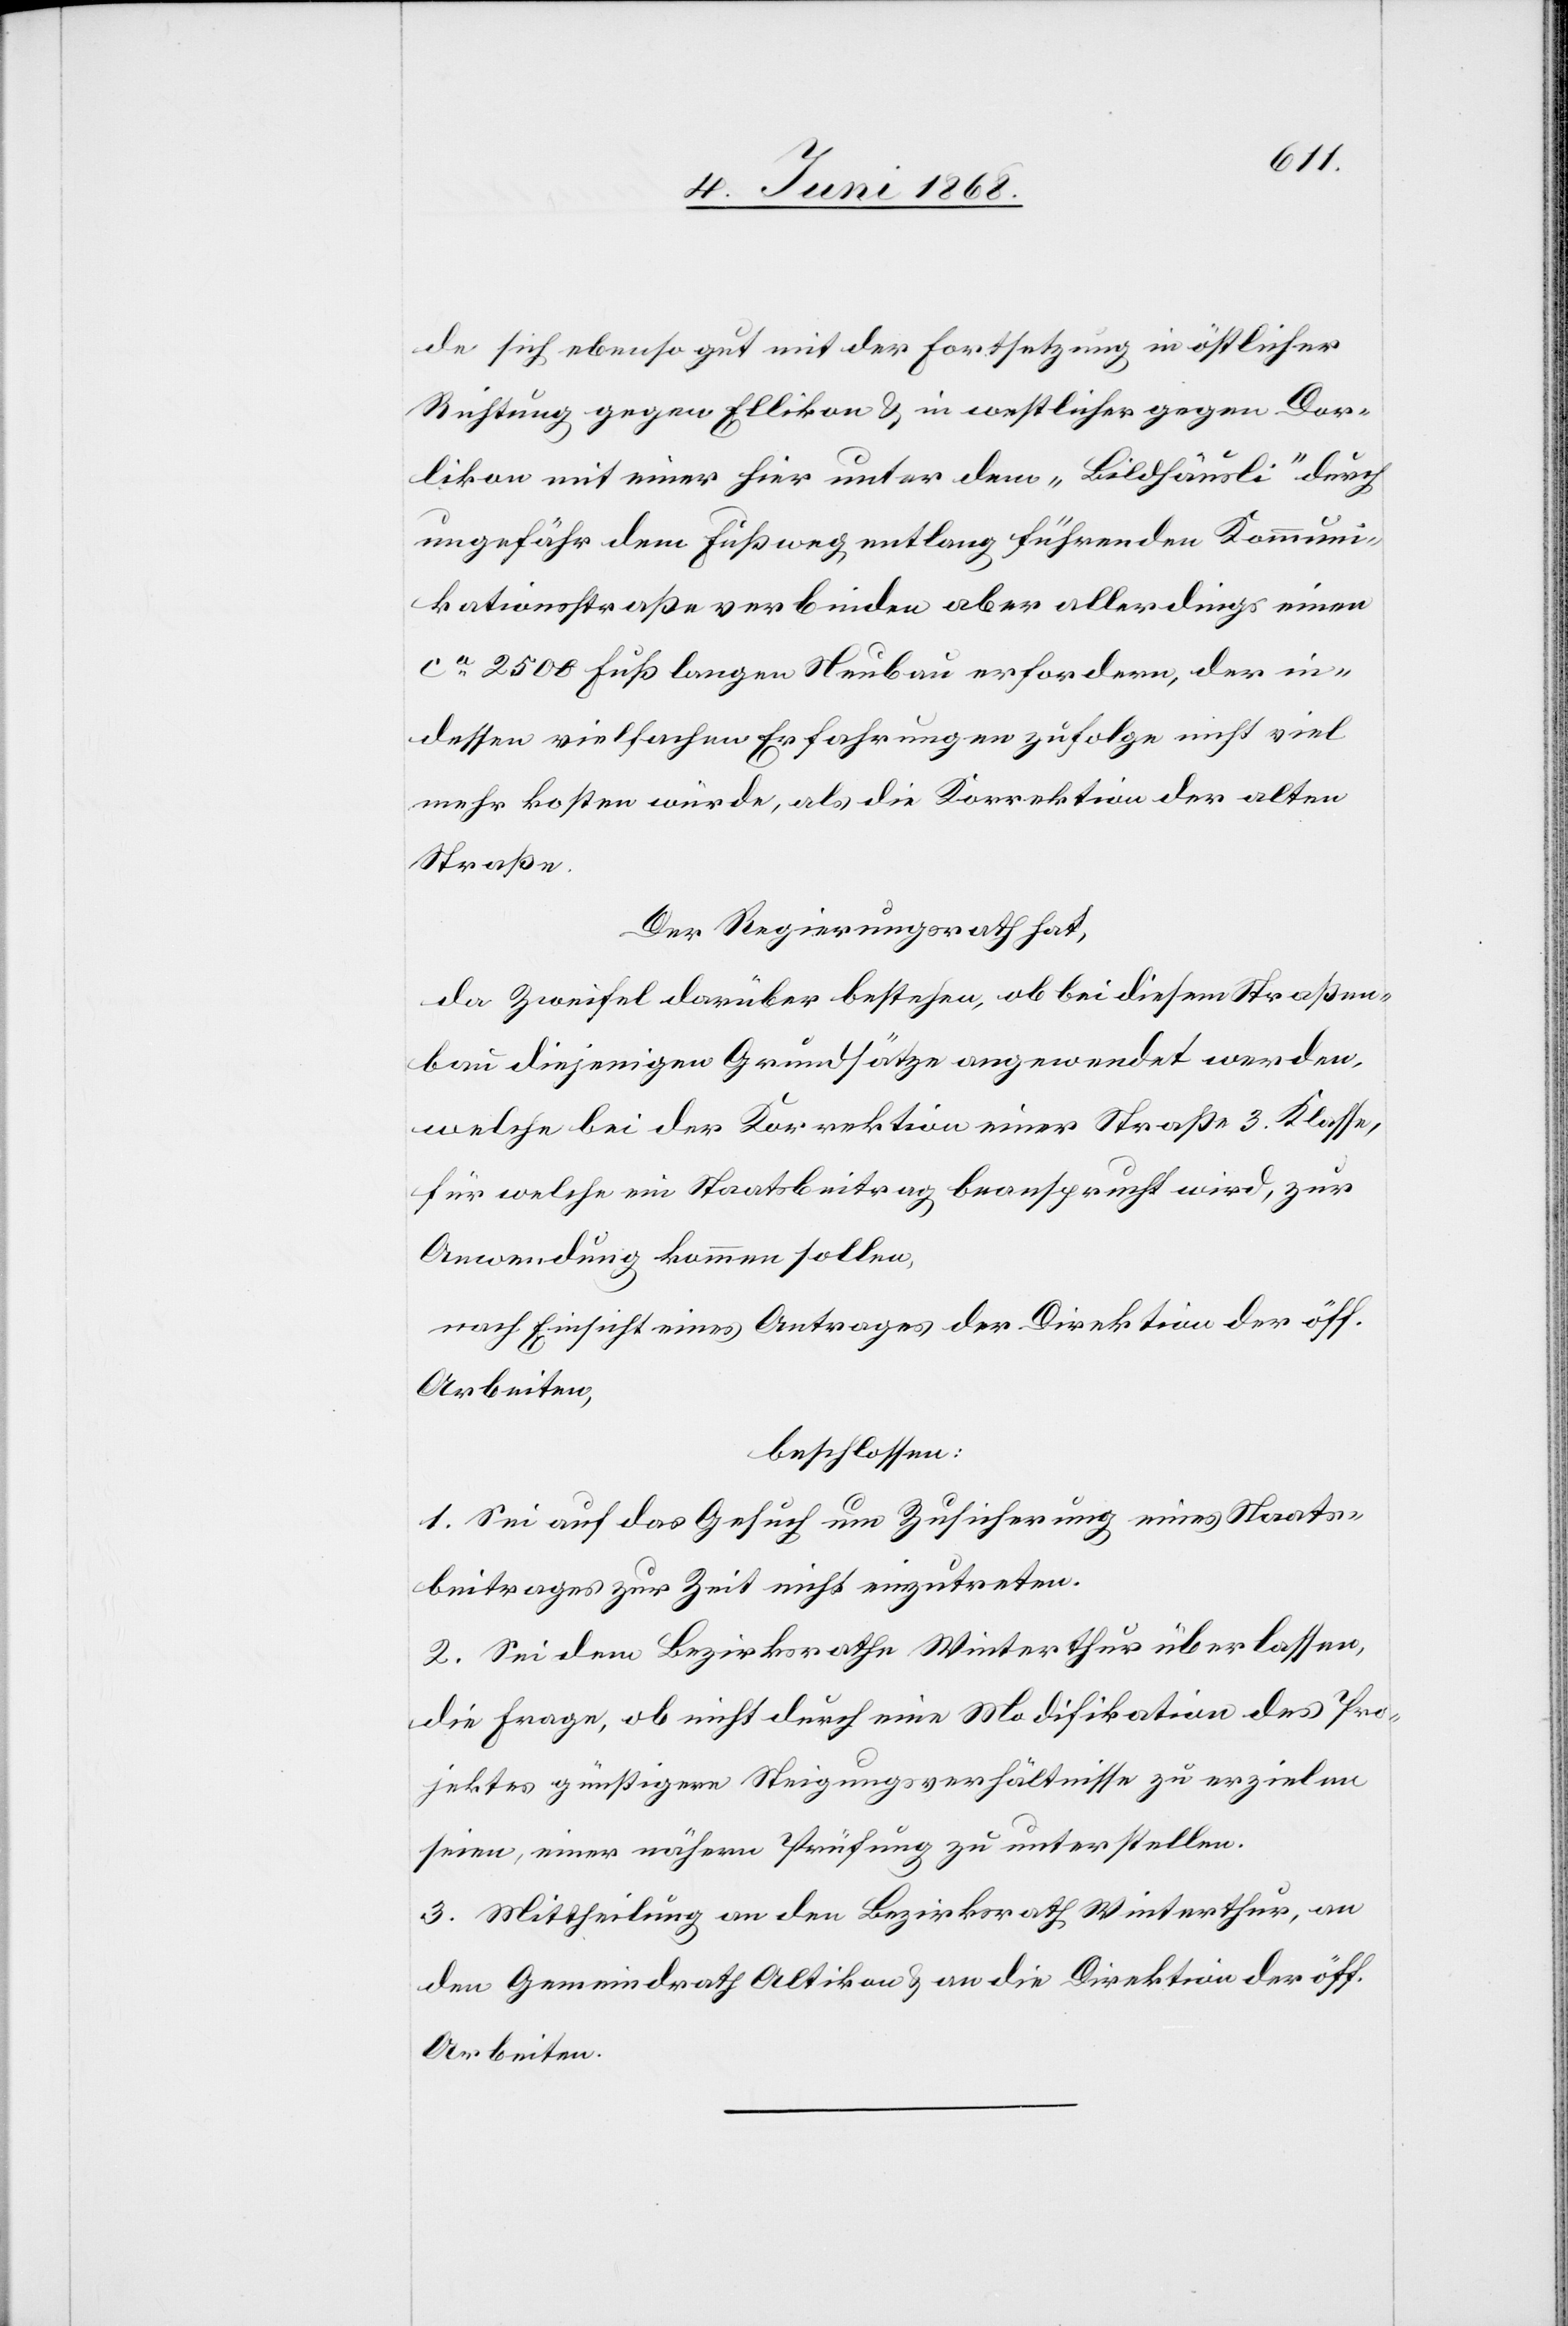
de sich ebenso gut mit der Fortsetzung in östlicher
Richtung gegen Ellikon & in westlicher gegen Dor¬
likon mit einer hier unter dem „Bildhäusli“ durch
ungefähr dem Fußweg entlang führenden Kommuni¬
kationsstraße verbinden aber allerdings einen
ca 2500 Fuß langen Neubau erfordern, der in¬
dessen vielfachen Erfahrungen zufolge nicht viel
mehr kosten würde, als die Korrektion der alten
Straße.
Der Regierungsrath hat,
da Zweifel darüber bestehen, ob bei diesem Straßen¬
bau diejenigen Grundsätze angewendet werden,
welche bei der Korrektion einer Straße 3. Klasse,
für welche ein Staatsbeitrag beansprucht wird, zur
Anwendung kommen sollen,
nach Einsicht eines Antrages der Direktion der öff.
Arbeiten,
beschlossen:
1. Sei auf das Gesuch um Zusicherung eines Staats¬
beitrages zur Zeit nicht einzutreten.
2. Sei dem Bezirksrathe Winterthur überlassen,
die Frage, ob nicht durch eine Modifikation des Pro¬
jektes günstigere Steigungsverhältnisse zu erzielen
seien, einer nähern Prüfung zu unterstellen.
3. Mittheilung an den Bezirksrath Winterthur, an
den Gemeindrath Altikon & an die Direktion der öff.
Arbeiten.